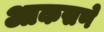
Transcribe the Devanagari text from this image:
आकसणे